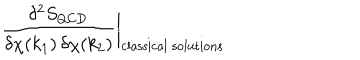
\frac { \delta ^ { 2 } S _ { \mathrm { Q C D } } } { \delta \chi ( k _ { 1 } ) \, \delta \chi ( k _ { 2 } ) } \biggr | _ { \mathrm { c l a s s i c a l \ s o l u t i o n s } }